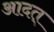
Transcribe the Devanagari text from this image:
आदत्